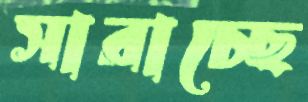
সারাচ্ছে